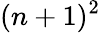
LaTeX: (n+1)^{2}